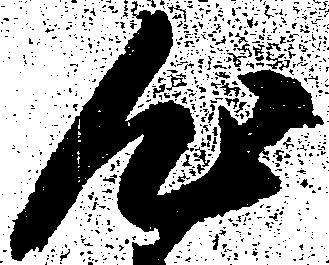
心